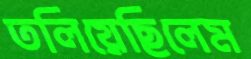
তলিয়েছিলেম